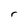
Character: r